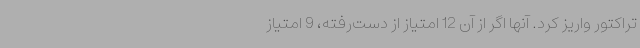
تراکتور واریز کرد. آنها اگر از آن 12 امتیاز از دست‌رفته، 9 امتیاز